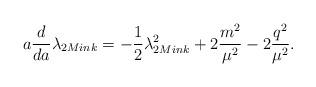
LaTeX: \begin{align*}a \frac{d}{da} \lambda_{2 Mink} = - \frac{1}{2}\lambda^2_{2 Mink} + 2\frac{m^2}{\mu^2}-2\frac{q^2}{\mu^2}.\end{align*}